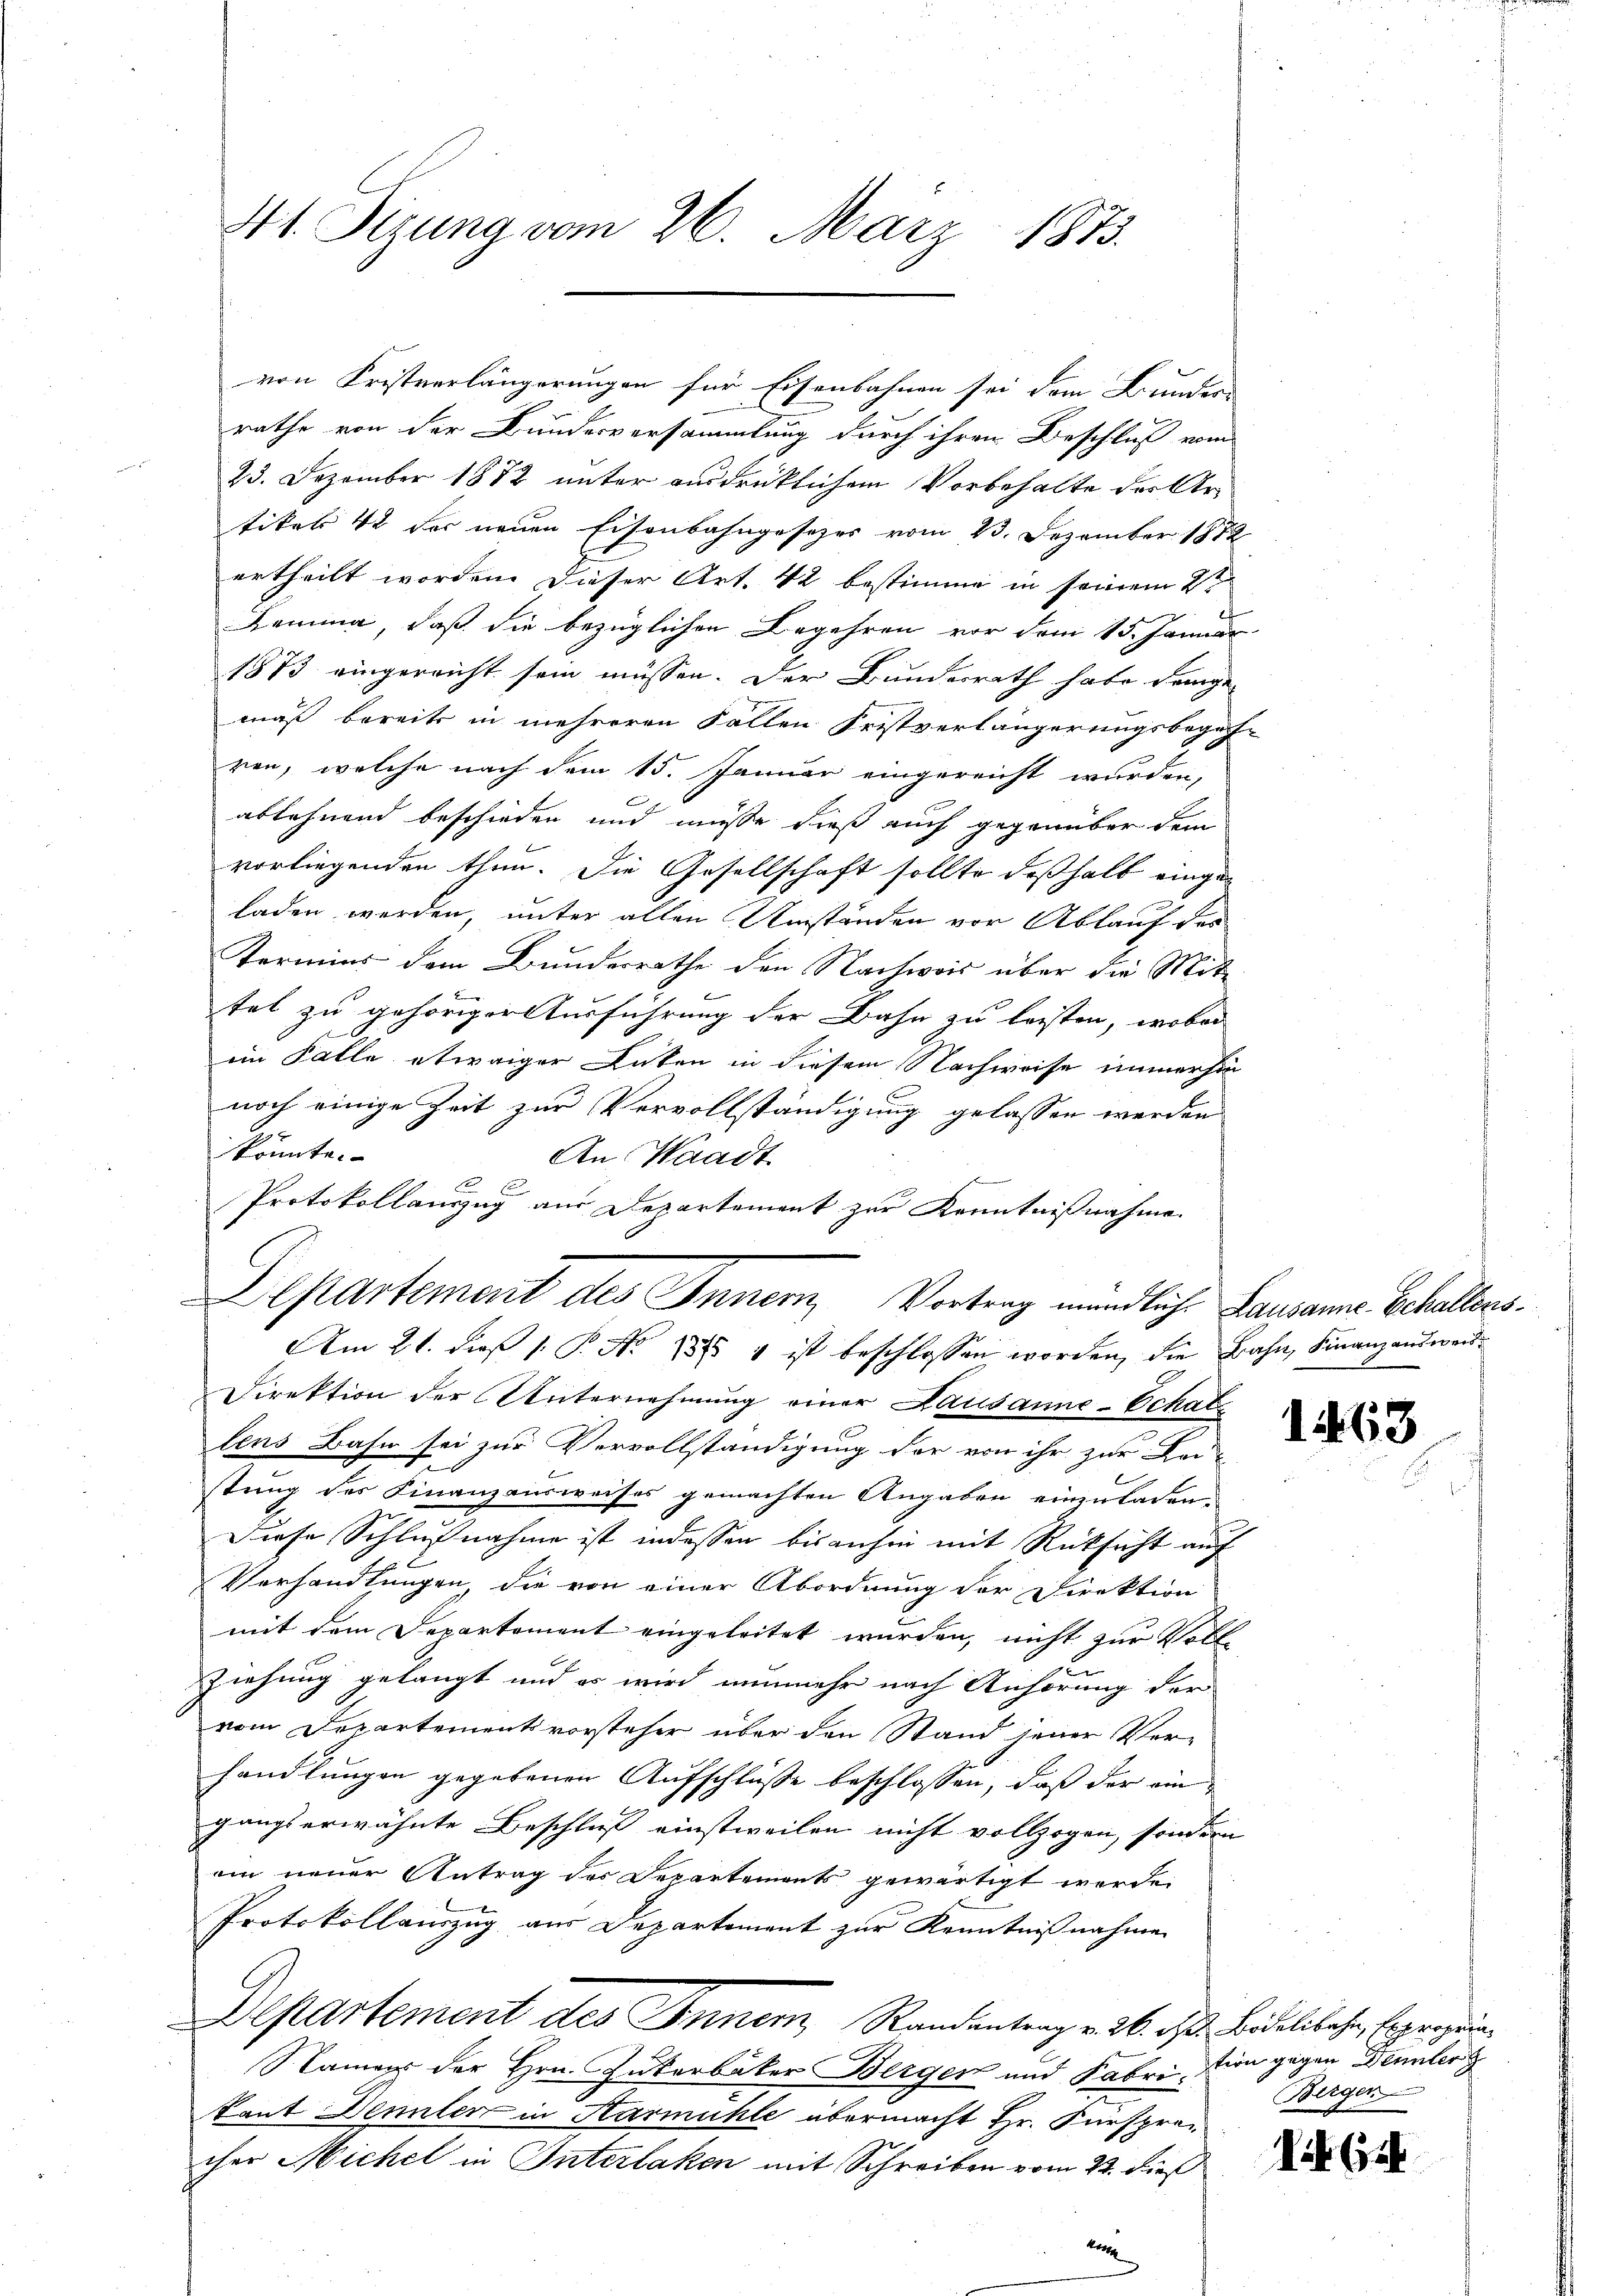
41. Stzung vom 26. März 1873.

von Fristverlängerungen für Eisenbahnen sei dem Bundes-

Aepartement des Innern, Vortrag mündliche Lausanne behaltens¬

rathe von der Bundesversammlung durch ihren Beschluß vom
23. Dezember 1882 unter ausdrüklichem Vorbehalte der Artikels 42 der neuen Eisenbahngesezes vom 13. Dezember 1872
ertheilt worden. Dieser Art. 42 bestimme in seinem 2t
Lemma, daß die bezüglichen Begehren vor dem 15. Januar
1873 eingereicht sein müssen. Der Bundesrath habe demge-
mäß bereits in mehreren Fallen Fristverlängerungsbegeh-
ren, welche nach dem 15. Januar eingereicht wurden,
ablehnend beschieden und müsse dieß auch gegenüber dem
vorliegenden thun. Die Gesellschaft sollte deßhalb eingen
laden werden, unter allen Umständen vor Ablauf der
Termins dem Bundesrathe den Nachweis über die Mit-
tel zu gehöriger Ausführung der Bahn zu leisten, wobei
im Falle etwaiger Inten in diesem Nachweise immerhin
noch einige Zeit zur Vervollständigung gelassen werden
könnte.
An Waadt.
Protokollauszug aus Departement zur Kenntnißnahme
Am 21. dieß P. No. 1885 v ist beschlossen worden, die Bahn, Finanzauswei¬
Direktion der Unternehmung einer Lausanne-Schaf
lens Bahn sei zur Vervollständigung der von ihr zur Lei
stung des Finanzausweises gemachten Angaben einzuladen,
Diese Schlußnahme ist indessen bisanhin mit Rücksicht auf
Verhandlungen, die von einer Abordnung der Direktion
mit dem Departement eingeleitet wurden, nicht zur Voll-
Ziehung gelangt und es wird nunmehr nach Anhörung der
vom Departementsvorsteher über den Stand jener Ver-
handlungen gegebenen Aufschlüsse beschlossen, daß der eingangs erwähnte Beschluß einstweilen nicht vollzogen, sondern
ein neuer Antrag des Departements gewärtigt werde.
Protokollauszug aus Departement zur Kenntnißnahmen
Departement des Inner, Randantrag v. 26. ds Bidelibahn, Ergenzung
Namens der Hrn. Gukerbäker Berger und Fabri, in gegen Dennler
kant Demler in Karmühle übermacht Hr. Fürsprecher Michel in Interlaken mit Schreiben vom 22. dieß
be

1463

Bergen

ihr Ge